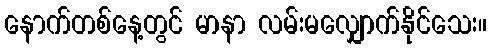
နောက်တစ်နေ့တွင် မာနာ လမ်းမလျှောက်နိုင်သေး။